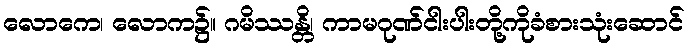
လောကေ၊ လောက၌။ ဂမိဿန္တိ၊ ကာမဂုဏ်ငါးပါးတို့ကိုခံစားသုံးဆောင်